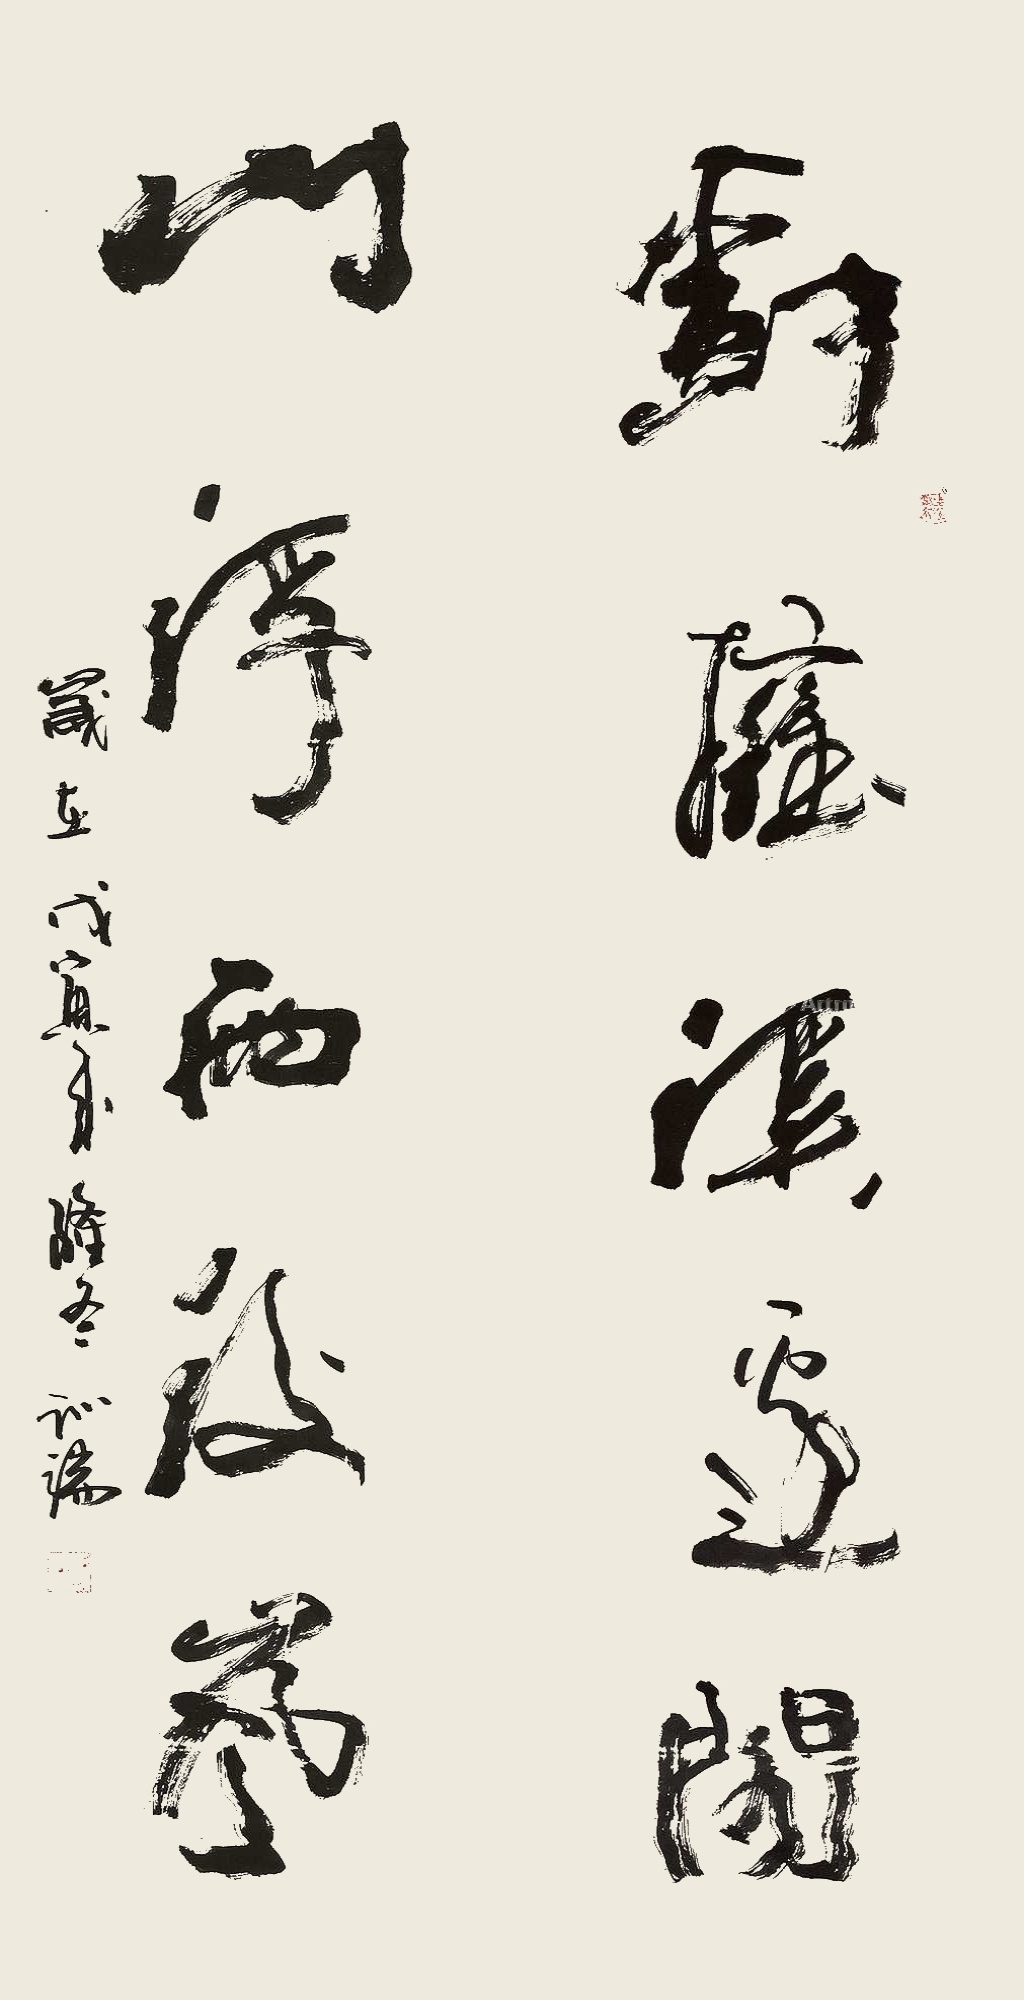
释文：树拥溪边阁，山浮雨后岚。岁在戊寅年降冬，训端。